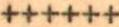
++++++